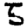
Digit: 5